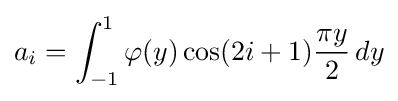
a_{i}=\int _{-1}^{1}\varphi (y)\cos(2i+1){\frac {\pi y}{2}}\,dy